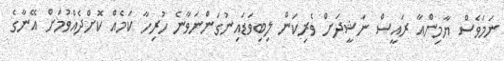
ނަމަވެސް ޔާމިންއާ ރައީސް ނަޝީދަށް ވެރިކަން ލިބިވަޑައިނުގަންނަވާނެ ހުރިހާ ކަމެއް ކޮށްދެއްވުމަށް އޭނާގެ